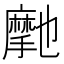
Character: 𭢽